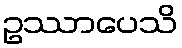
ဥဿာပေသိ